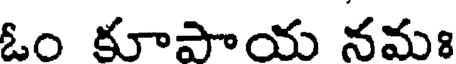
ఓం కూపాయ నమః